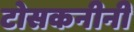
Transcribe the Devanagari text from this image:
टोसकनीनी